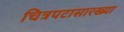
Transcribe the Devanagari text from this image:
चित्रपटासारख्या